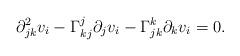
LaTeX: \begin{align*} \partial^2_{jk}v_i-\Gamma_{kj}^j\partial_jv_i-\Gamma_{jk}^k\partial_kv_i=0.\end{align*}